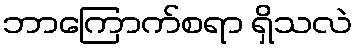
ဘာကြောက်စရာ ရှိသလဲ